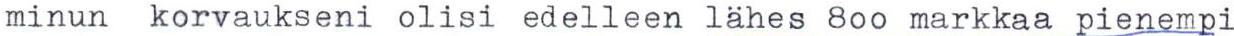
minun korvaukseni olisi edelleen lähes 800 markkaa pienempi